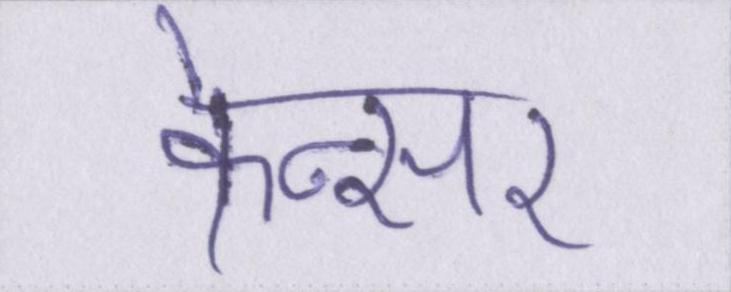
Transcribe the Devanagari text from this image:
केन्सर